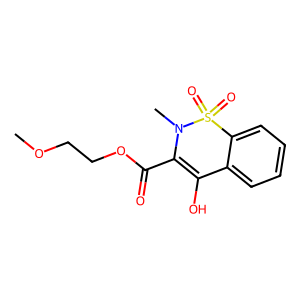
SMILES: COCCOC(=O)C1=C(O)c2ccccc2S(=O)(=O)N1C
Inhibits HIV replication: No